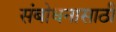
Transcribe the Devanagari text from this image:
संबोधनासाठी